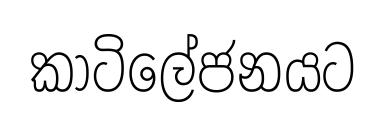
කාටිලේජනයට